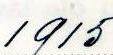
1915